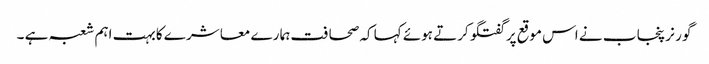
گو ر نر پنجا ب نے اس موقع پر گفتگو کرتے ہوئے کہا کہ صحا فت ہما رے معا شر ے کابہت اہم شعبہ ہے ۔